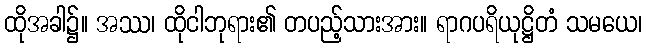
ထိုအခါ၌။ အဿ၊ ထိုငါဘုရား၏ တပည့်သားအား။ ရာဂပရိယုဋ္ဌိတံ သမယေ၊